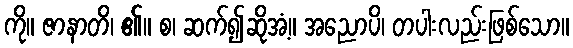
ကို။ ဇာနာတိ၊ ၏။ စ၊ ဆက်၍ဆိုအံ့။ အညောပိ၊ တပါးလည်းဖြစ်သော။